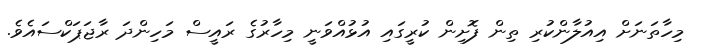
މިހާތަނަށް އިއުލާންކުރި ތިން ފޮށިން ކުރީގައި އުޅުއްވަނީ މިހާރުގެ ރައީސް މަހިންދަ ރާޖަޕަކްސައެވެ.